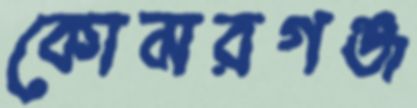
কোমরগঞ্জ